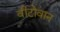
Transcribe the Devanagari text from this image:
वीटोवान